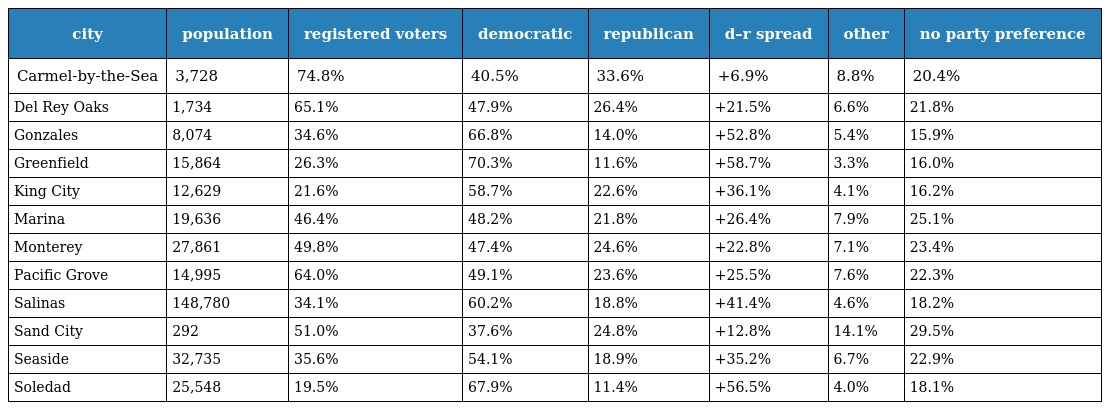
| city | population | registered voters | democratic | republican | d–r spread | other | no party preference |
 | --- | --- | --- | --- | --- | --- | --- | --- |
 | Carmel-by-the-Sea | 3,728 | 74.8% | 40.5% | 33.6% | +6.9% | 8.8% | 20.4% |
 | Del Rey Oaks | 1,734 | 65.1% | 47.9% | 26.4% | +21.5% | 6.6% | 21.8% |
 | Gonzales | 8,074 | 34.6% | 66.8% | 14.0% | +52.8% | 5.4% | 15.9% |
 | Greenfield | 15,864 | 26.3% | 70.3% | 11.6% | +58.7% | 3.3% | 16.0% |
 | King City | 12,629 | 21.6% | 58.7% | 22.6% | +36.1% | 4.1% | 16.2% |
 | Marina | 19,636 | 46.4% | 48.2% | 21.8% | +26.4% | 7.9% | 25.1% |
 | Monterey | 27,861 | 49.8% | 47.4% | 24.6% | +22.8% | 7.1% | 23.4% |
 | Pacific Grove | 14,995 | 64.0% | 49.1% | 23.6% | +25.5% | 7.6% | 22.3% |
 | Salinas | 148,780 | 34.1% | 60.2% | 18.8% | +41.4% | 4.6% | 18.2% |
 | Sand City | 292 | 51.0% | 37.6% | 24.8% | +12.8% | 14.1% | 29.5% |
 | Seaside | 32,735 | 35.6% | 54.1% | 18.9% | +35.2% | 6.7% | 22.9% |
 | Soledad | 25,548 | 19.5% | 67.9% | 11.4% | +56.5% | 4.0% | 18.1% |